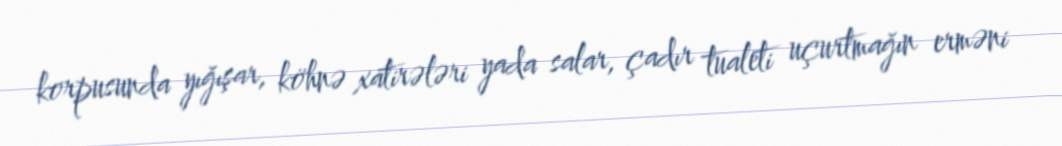
korpusunda yığışar, köhnə xatirələri yada salar, çadır tualeti uçurtmağın erməni